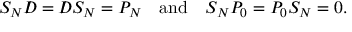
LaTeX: S _ { N } D \! \! \! \! / \ = D \! \! \! \! / \ S _ { N } = P _ { N } ~ ~ ~ \mathrm { a n d } ~ ~ ~ S _ { N } P _ { 0 } = P _ { 0 } S _ { N } = 0 .